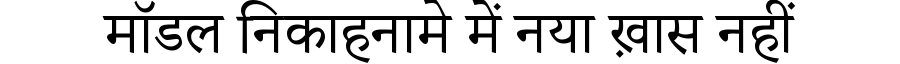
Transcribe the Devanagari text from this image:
मॉडल निकाहनामे में नया ख़ास नहीं